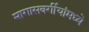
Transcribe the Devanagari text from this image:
मागासवर्गीयांमध्ये